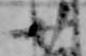
廿